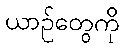
ယာဉ်တွေကို